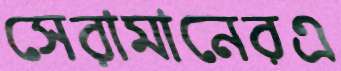
সেরামানেরএ